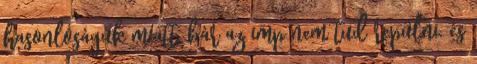
hasonlóságuk miatt, bár az imp nem tud repülni, és